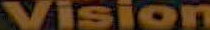
Vision